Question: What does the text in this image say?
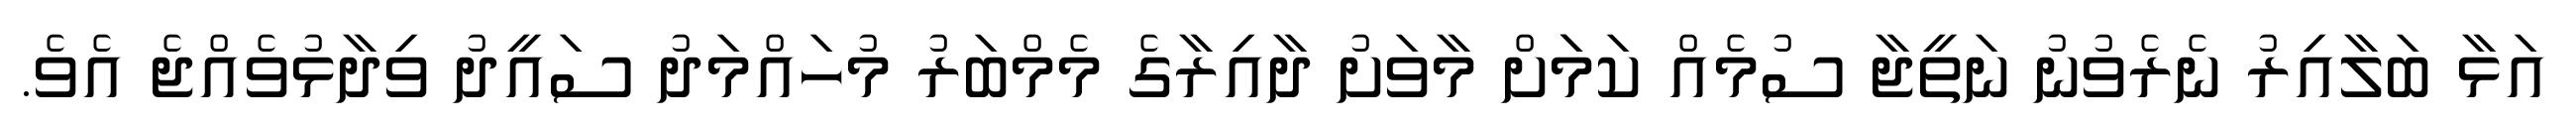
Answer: އަޅާ ބަލާއިރު ނެރެވުނު ނަތީޖާ ސުމެއް ކަމަަށް މާވަށު ދާއިރާގެ މެމްބަރު މުހައްމަދު ސައީދު ވިދާޅުވެއްޖެ އެވެ.